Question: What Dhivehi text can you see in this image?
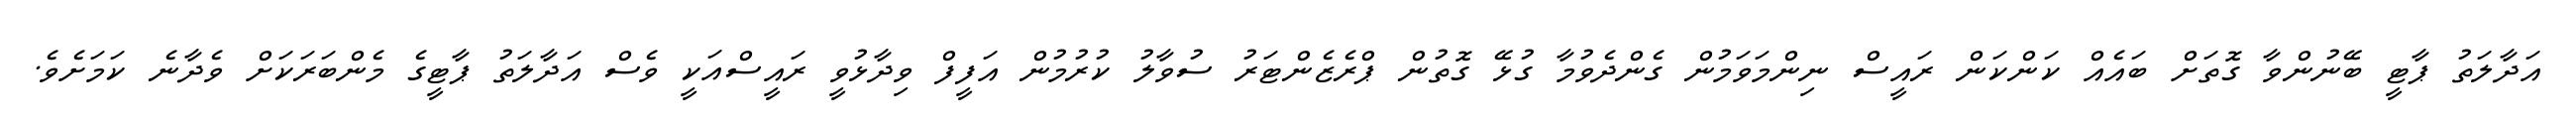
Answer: އަދާލަތު ޕާޓީ ބޭނުންވާ ގޮތަށް ބައެއް ކަންކަން ރައީސް ނިންމަވަމުން ގެންދެވުމާ ގުޅޭ ގޮތުން ޕްރެޒެންޓަރު ސުވާލު ކުރުމުން އަފީފް ވިދާޅުވީ ރައީސްއަކީ ވެސް އަދާލަތު ޕާޓީގެ މެންބަރަކަށް ވެދާނެ ކަމަށެވެ.